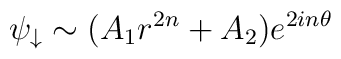
\psi_\downarrow \sim (A_1r^{2n} +A_2 ) e^{2in\theta}